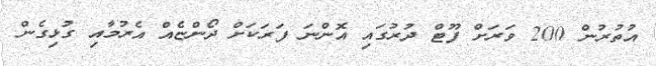
އުތުރުން 200 ވަރަށް ފޫޓް ދުރުގައި އޮންނަ ފަރަކަށް ދޯންޏެއް އެރުމާއި ގުޅިގެން